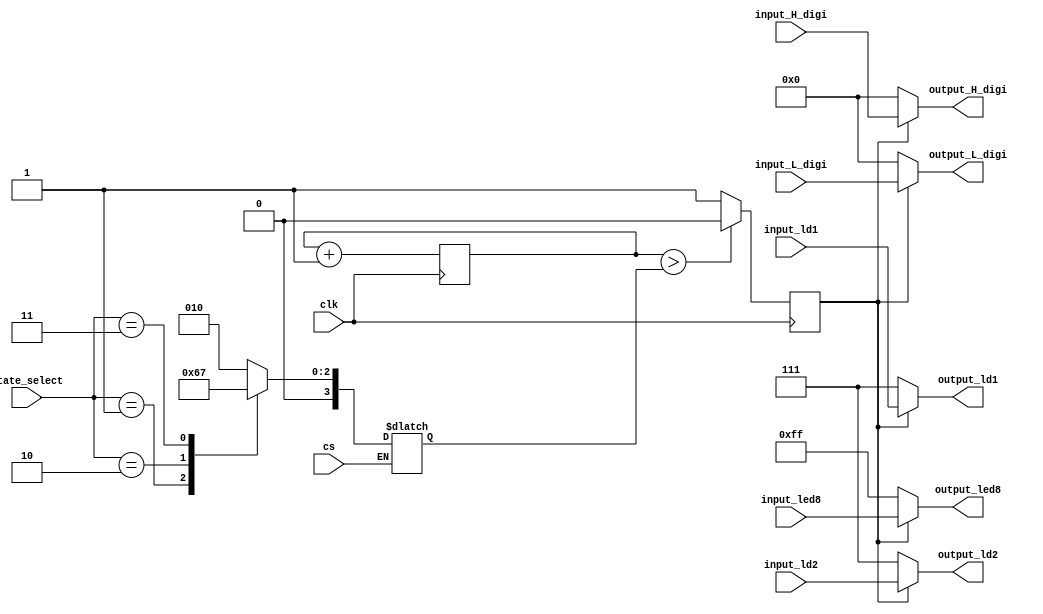
module frequency_divider(input_led8, input_H_digi, input_L_digi, input_ld1, input_ld2,
						 output_led8, output_H_digi, output_L_digi, output_ld1, output_ld2, 
						 state_select, clk, cs);
  input clk, cs;
  input[1:0] state_select;
  input[2:0] input_ld1, input_ld2;
  input[7:0] input_led8, input_H_digi, input_L_digi;
  output[2:0] output_ld1, output_ld2;
  output[7:0] output_led8, output_H_digi, output_L_digi;
  
  reg[3:0] cnt_max;
  reg[3:0] counter;
  reg light_switch;
  reg[2:0] output_ld1, output_ld2;
  reg[7:0] output_led8, output_H_digi, output_L_digi;
  
  always @ (state_select, cs)
	begin
	  if(cs)
	    case(state_select)
		  2'b00: cnt_max = 2;
		  2'b01: cnt_max = 1;
		  2'b10: cnt_max = 4;
		  2'b11: cnt_max = 7;
	    endcase
    end
	
  always @ (posedge clk)
	begin
	  counter <= counter + 1;
	  if(counter > cnt_max)
		light_switch <= 0;
	  else
		light_switch <= 1;
	end
	
  always @ (light_switch)
	begin
	  if(light_switch)
		begin
		  output_ld1 = input_ld1;
		  output_ld2 = input_ld2;
		  output_led8 = input_led8;
		  output_H_digi = input_H_digi;
		  output_L_digi = input_L_digi;
		end
	  else
		begin
		  output_ld1 = 3'b111;
		  output_ld2 = 3'b111;
		  output_led8 = 8'b11111111;
		  output_H_digi = 0;
		  output_L_digi = 0;
		end
	end
endmodule